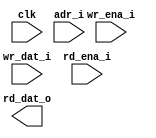
module posi_md_ram_sp_64x6 (
  clk         ,
  adr_i       ,
  wr_ena_i    , // low active
  wr_dat_i    ,
  rd_ena_i    , // low active
  rd_dat_o
  );

//*** PARAMETER DECLARATION ****************************************************

  parameter    ADR_WD                = 6              ;
  parameter    ADR                   = 64             ;
  parameter    DAT_WD                = 6              ;


//*** INPUT/OUTPUT DECLARATION *************************************************

  input                              clk              ;
  input      [ADR_WD       -1 :0]    adr_i            ;
  input                              wr_ena_i         ;
  input      [DAT_WD       -1 :0]    wr_dat_i         ;
  input                              rd_ena_i         ;
  output     [DAT_WD       -1 :0]    rd_dat_o         ;


//*** WIRE & REG DECLARATION ***************************************************
  wire       [8            -1 :0]    wr_dat_w         ;
  wire       [8            -1 :0]    rd_dat_w         ;
  wire                               cen_w            ;

  assign rd_dat_o = rd_dat_w[DAT_WD-1 :0] ;
  assign wr_dat_w = {2'b0, wr_dat_i};
  assign cen_w    = wr_ena_i && rd_ena_i ;

`ifdef RTL_MODEL
  ram_1p #(
      .Word_Width(  8   ),
      .Addr_Width(  6   )
      ) u_ram_1p(
                  .clk    ( clk               ),
                  .cen_i  ( cen_w             ),
                  .oen_i  ( 1'b0              ),
                  .wen_i  ( wr_ena_i          ),
                  .addr_i ( adr_i             ),
                  .data_i ( wr_dat_w          ),      
                  .data_o ( rd_dat_w          )           
  );

`endif

`ifdef XM_MODEL 
  rfsphd_64x8 u_rfsphd_64x8(
      .Q      ( rd_dat_w          ), // output data 
      .CLK    ( clk               ), // clk 
      .CEN    ( cen_w             ), // low active 
      .WEN    ( wr_ena_i          ), // low active 
      .A      ( adr_i             ), // address 
      .D      ( wr_dat_w          ), // input data 
      .EMA    ( 3'b1 ),  
      .EMAW   ( 2'b0 ),
      .RET1N  ( 1'b1 ) 
        );
`endif

endmodule